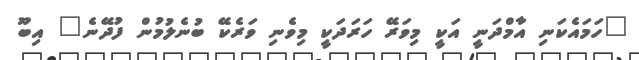
"ހަމައެކަނި އާމްދަނީ އަކީ މިވަރޭ ހަރަދަކީ މިވެނި ވަރެކޭ ބުނެލުމުން ފުދޭނެ" އިބޫ